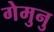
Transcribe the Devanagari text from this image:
गेमुनु